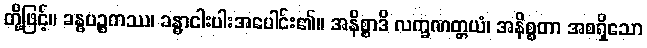
တို့ဖြင့်။ ခန္ဓပဉ္စကဿ၊ ခန္ဓာငါးပါးအပေါင်း၏။ အနိစ္စာဒိ လက္ခဏတ္တယံ၊ အနိစ္စတာ အစရှိသော